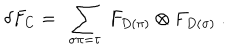
\delta F _ { C } = \ \sum _ { \sigma \pi = \tau } \ F _ { D ( \pi ) } \otimes F _ { D ( \sigma ) } \ .